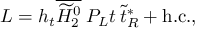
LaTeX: { \cal L } = h _ { t } \overline { { { \widetilde { H } _ { 2 } ^ { 0 } } } } \: P _ { L } t \: \widetilde { t } _ { R } ^ { * } + \mathrm { h . c . } ,